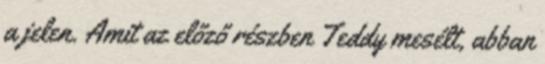
a jelen. Amit az előző részben Teddy mesélt, abban